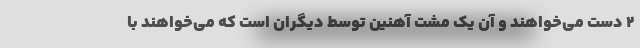
۲ دست می‌خواهند و آن یک مشت آهنین توسط دیگران است که می‌خواهند با